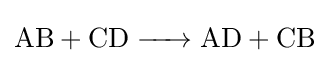
{\ce {AB + CD -> AD + CB}}